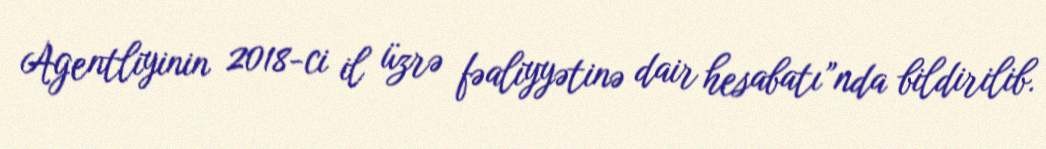
Agentliyinin 2018-ci il üzrə fəaliyyətinə dair hesabatı”nda bildirilib.